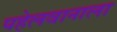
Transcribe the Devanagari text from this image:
पहेलवानाला